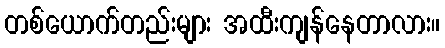
တစ်ယောက်တည်းများ အထီးကျန်နေတာလား။